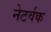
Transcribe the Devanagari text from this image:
नेटर्वक